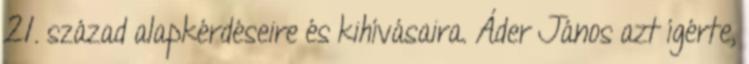
21. század alapkérdéseire és kihívásaira. Áder János azt ígérte,